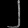
Digit: ၂